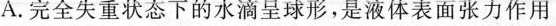
A.完全失重状态下的水滴呈球形，是液体表面张力作用